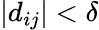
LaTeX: |d_{ij}|<\delta